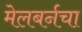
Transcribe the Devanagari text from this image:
मेलबर्नचा